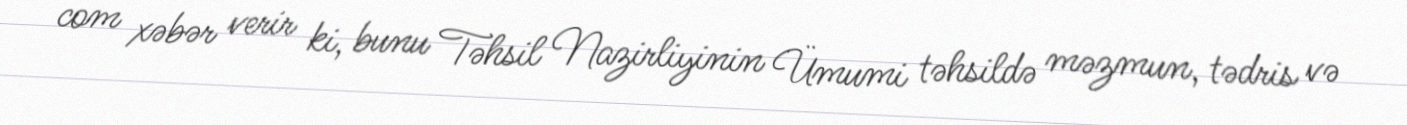
com xəbər verir ki, bunu Təhsil Nazirliyinin Ümumi təhsildə məzmun, tədris və